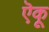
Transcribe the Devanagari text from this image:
ऎकू